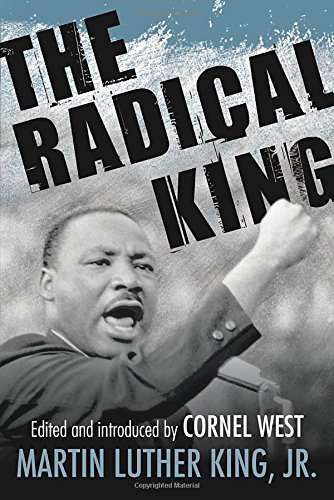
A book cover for The Radical King (King Legacy); Martin Luther King Jr.; Biographies & Memoirs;